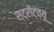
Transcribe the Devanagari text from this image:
स्ट्रीट्व्यू